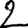
Digit: 2